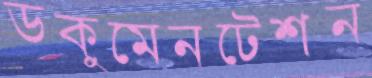
ডকুমেনটেশন